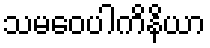
သမဝေပါကိနိယာ